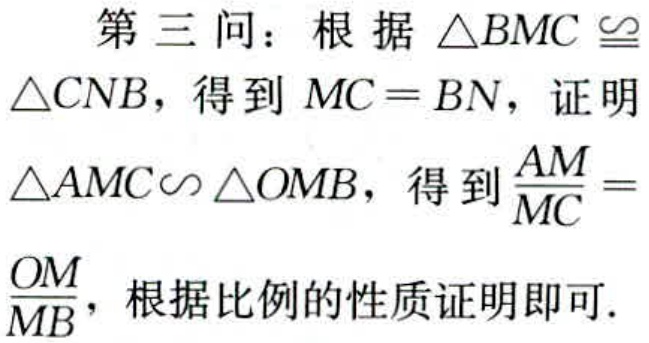
第三问：根据\(\triangle BMC\cong\triangle CNB\)，得到\(MC = BN\)，证明\(\triangle AMC\sim\triangle OMB\)，得到\(\frac{AM}{MC}=\frac{OM}{MB}\)，根据比例的性质证明即可.